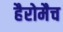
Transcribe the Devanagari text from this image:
हैरोमैच